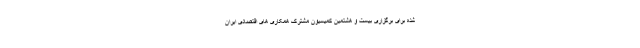
شده برای برگزاری بیست و هشتمین کمیسیون مشترک همکاری های اقتصادی ایران